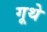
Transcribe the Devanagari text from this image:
गूथे